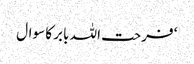
‘ فرحت اللہ بابر کا سوال